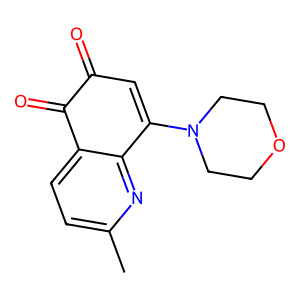
SMILES: Cc1ccc2c(n1)C(N1CCOCC1)=CC(=O)C2=O
Inhibits HIV replication: No